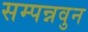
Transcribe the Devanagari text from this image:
सम्पन्नवुन